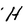
Character: H